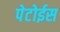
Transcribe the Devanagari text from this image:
पेटोईस